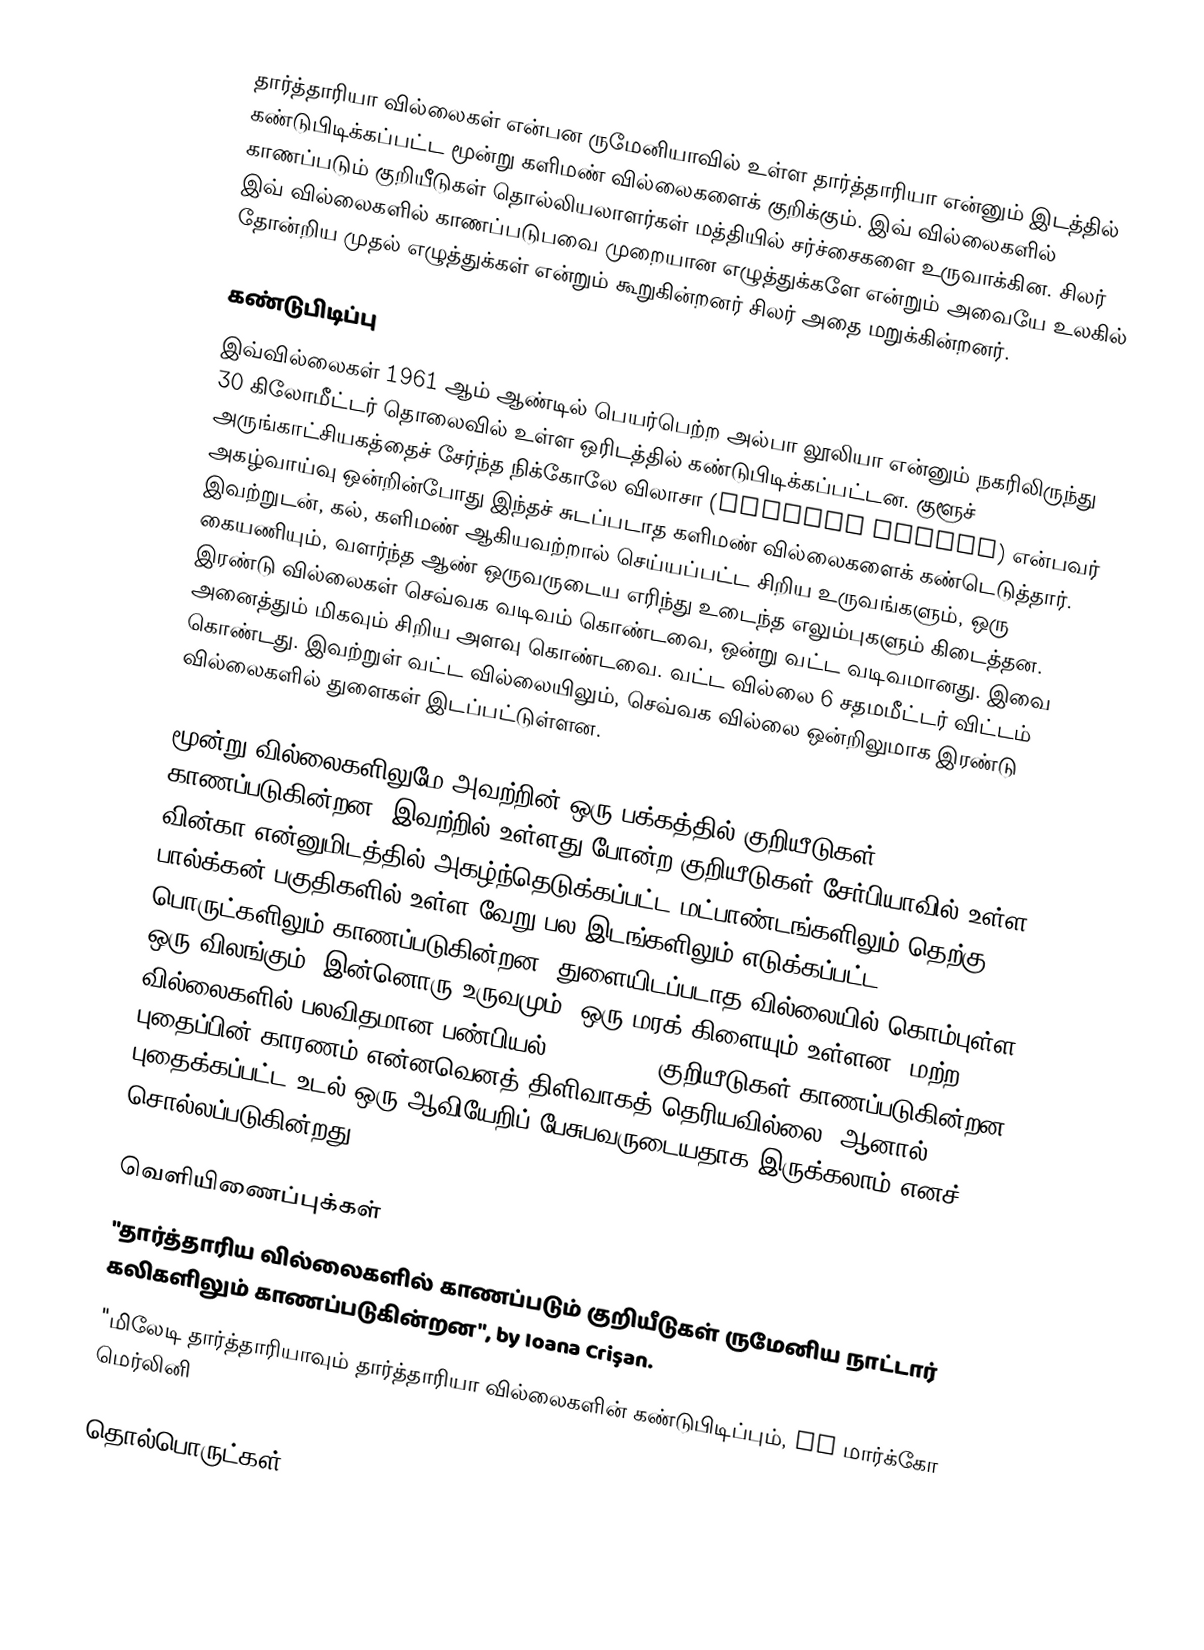
தார்த்தாரியா வில்லைகள் என்பன ருமேனியாவில் உள்ள தார்த்தாரியா என்னும் இடத்தில் கண்டுபிடிக்கப்பட்ட மூன்று களிமண் வில்லைகளைக் குறிக்கும். இவ் வில்லைகளில் காணப்படும் குறியீடுகள் தொல்லியலாளர்கள் மத்தியில் சர்ச்சைகளை உருவாக்கின. சிலர் இவ் வில்லைகளில் காணப்படுபவை முறையான எழுத்துக்களே என்றும் அவையே உலகில் தோன்றிய முதல் எழுத்துக்கள் என்றும் கூறுகின்றனர் சிலர் அதை மறுக்கின்றனர்.

கண்டுபிடிப்பு
இவ்வில்லைகள் 1961 ஆம் ஆண்டில் பெயர்பெற்ற அல்பா லூலியா என்னும் நகரிலிருந்து 30 கிலோமீட்டர் தொலைவில் உள்ள ஒரிடத்தில் கண்டுபிடிக்கப்பட்டன. குளூச் அருங்காட்சியகத்தைச் சேர்ந்த நிக்கோலே விலாசா (Nicolae Vlassa) என்பவர் அகழ்வாய்வு ஒன்றின்போது இந்தச் சுடப்படாத களிமண் வில்லைகளைக் கண்டெடுத்தார். இவற்றுடன், கல், களிமண் ஆகியவற்றால் செய்யப்பட்ட சிறிய உருவங்களும், ஒரு கையணியும், வளர்ந்த ஆண் ஒருவருடைய எரிந்து உடைந்த எலும்புகளும் கிடைத்தன. இரண்டு வில்லைகள் செவ்வக வடிவம் கொண்டவை, ஒன்று வட்ட வடிவமானது. இவை அனைத்தும் மிகவும் சிறிய அளவு கொண்டவை. வட்ட வில்லை 6 சதமமீட்டர் விட்டம் கொண்டது. இவற்றுள் வட்ட வில்லையிலும், செவ்வக வில்லை ஒன்றிலுமாக இரண்டு வில்லைகளில் துளைகள் இடப்பட்டுள்ளன.

மூன்று வில்லைகளிலுமே அவற்றின் ஒரு பக்கத்தில் குறியீடுகள் காணப்படுகின்றன. இவற்றில் உள்ளது போன்ற குறியீடுகள் சேர்பியாவில் உள்ள வின்கா என்னுமிடத்தில் அகழ்ந்தெடுக்கப்பட்ட மட்பாண்டங்களிலும் தெற்கு பால்க்கன் பகுதிகளில் உள்ள வேறு பல இடங்களிலும் எடுக்கப்பட்ட பொருட்களிலும் காணப்படுகின்றன. துளையிடப்படாத வில்லையில் கொம்புள்ள ஒரு விலங்கும், இன்னொரு உருவமும், ஒரு மரக் கிளையும் உள்ளன. மற்ற வில்லைகளில் பலவிதமான பண்பியல் (abstract) குறியீடுகள் காணப்படுகின்றன. புதைப்பின் காரணம் என்னவெனத் திளிவாகத் தெரியவில்லை, ஆனால், புதைக்கப்பட்ட உடல் ஒரு ஆவியேறிப் பேசுபவருடையதாக இருக்கலாம் எனச் சொல்லப்படுகின்றது.

வெளியிணைப்புக்கள்
"தார்த்தாரிய வில்லைகளில் காணப்படும் குறியீடுகள் ருமேனிய நாட்டார் கலிகளிலும் காணப்படுகின்றன", by Ioana Crişan.
"மிலேடி தார்த்தாரியாவும் தார்த்தாரியா வில்லைகளின் கண்டுபிடிப்பும், by மார்க்கோ மெர்லினி

தொல்பொருட்கள்